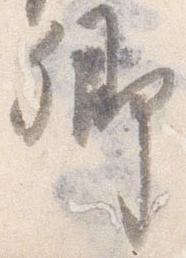
卿